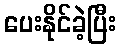
ပေးနိုင်ခဲ့ပြီး